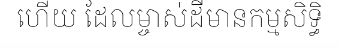
ហើយ ដែលម្ចាស់ដីមានកម្មសិទ្ធិ